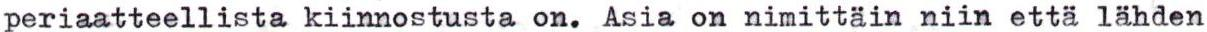
periaatteellista kiinnostusta on. Asia on nimittäin niin että lähden